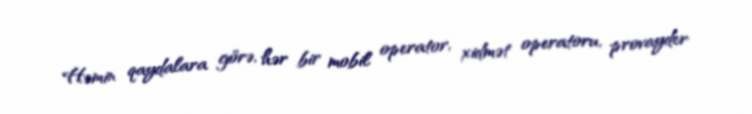
Həmin qaydalara görə, hər bir mobil operator, xidmət operatoru, provayder